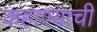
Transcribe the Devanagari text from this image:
कहाण्याची